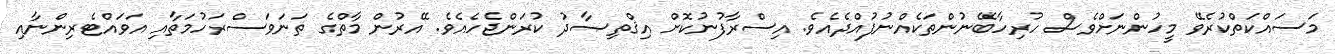
މަސައްކަތްކުރެވޭ މީހުންނަށްވެސް ހުރިހާބޭނުންތަކެއްނުފުއްދެއެވެ. އިސްރާފުނުކޮށް އިޤްތިޞާދު ކުރަންޖެހެއެވެ. އޭރުން މާތްގެ ތަނަވަސްރަހުމަތާއި އަވައްޓެރިންނާއި